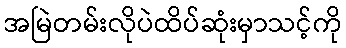
အမြဲတမ်းလိုပဲထိပ်ဆုံးမှာသင့်ကို